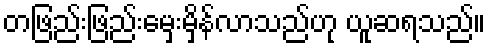
တဖြည်းဖြည်းမှေးမှိန်လာသည်ဟု ယူဆရသည်။